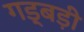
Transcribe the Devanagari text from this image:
गड़्बड़ी